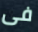
فى